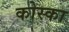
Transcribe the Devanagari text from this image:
कोस्का